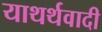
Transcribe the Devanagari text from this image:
याथर्थवादी